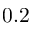
0 . 2